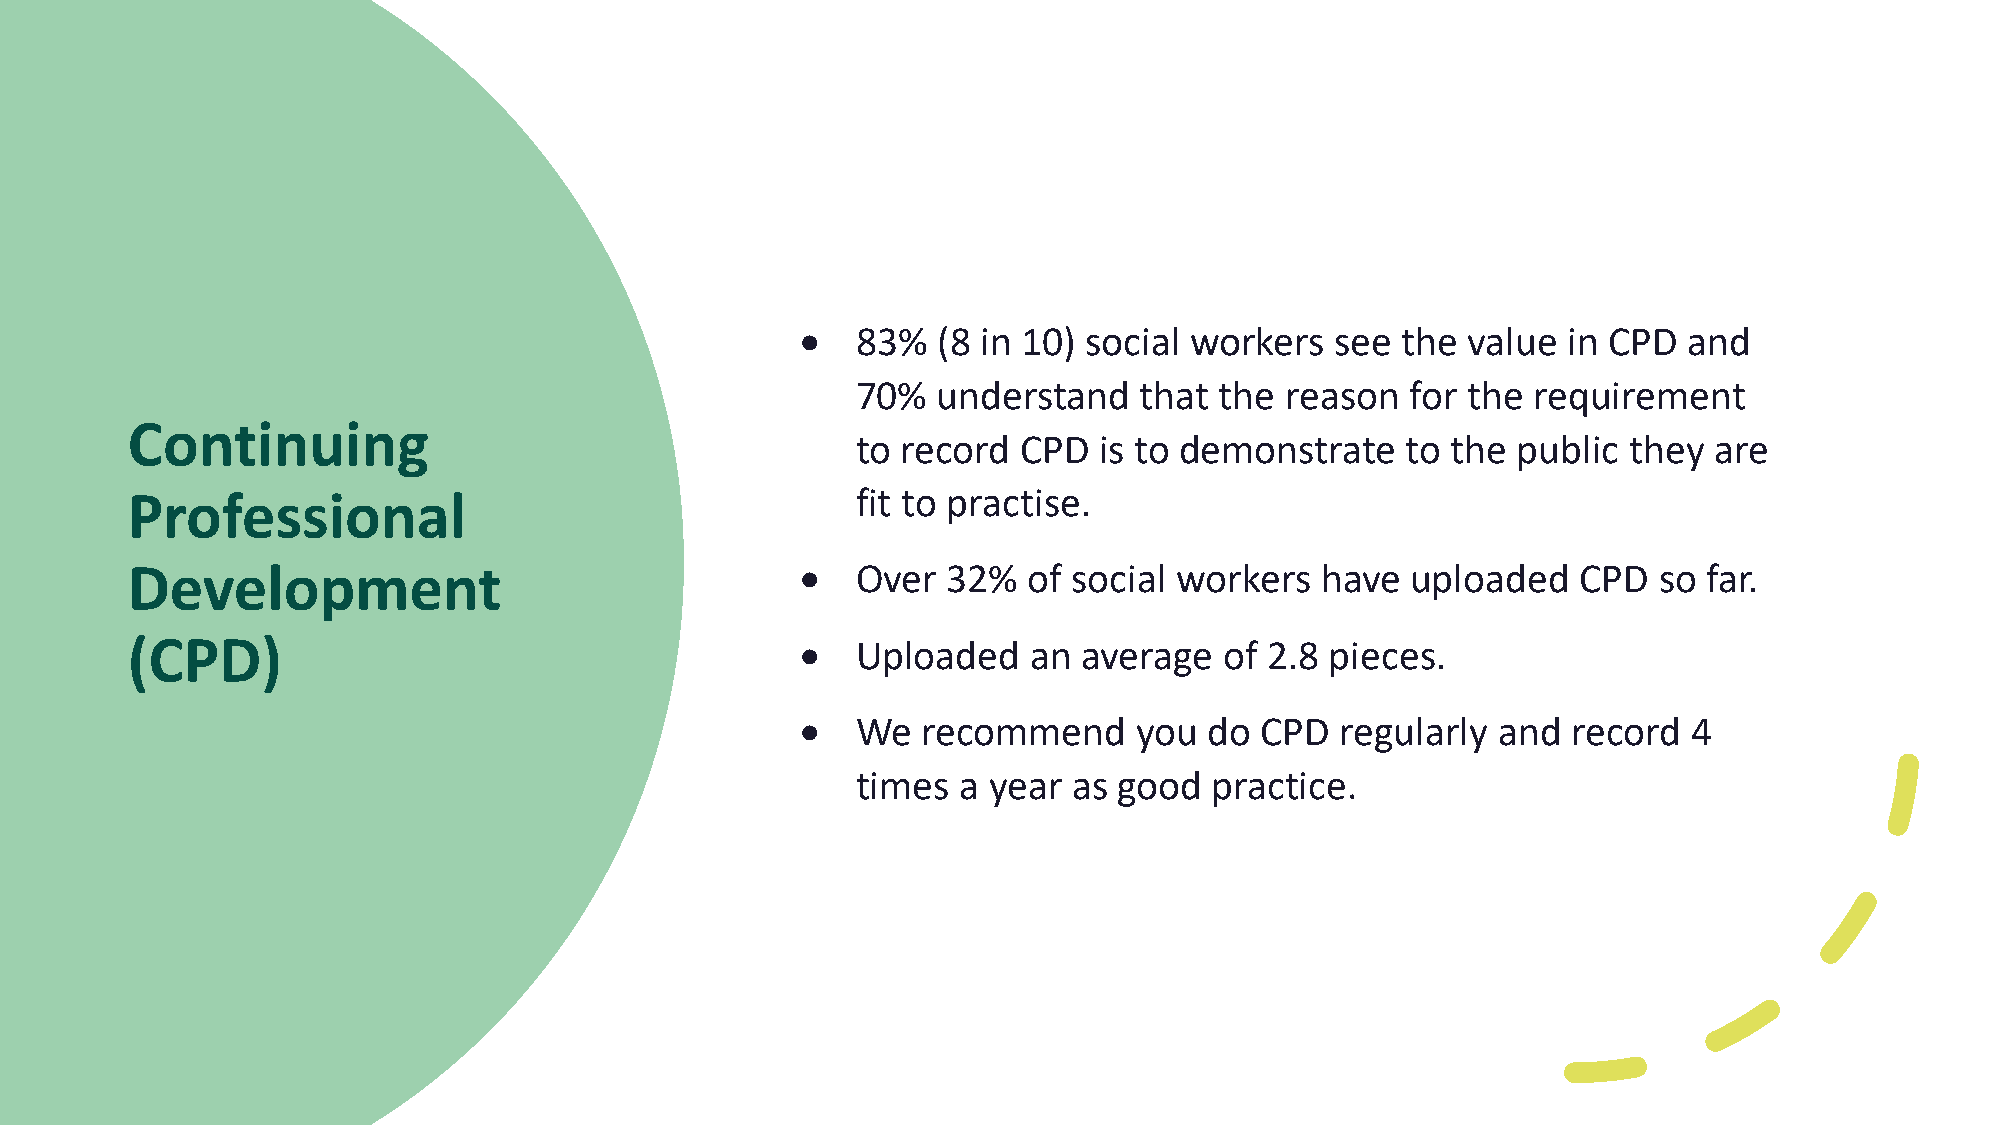
•   83%  (8 in 10) social workers  see  the value  in CPD  and
 70%  understand   that  the reason  for the  requirement
 Continuing
 to record  CPD  is to demonstrate   to the public  they are
 Professional                                     fit to practise.
 Development                                  •   Over  32%  of social workers  have  uploaded    CPD  so far.
 (CPD)                                        •   Uploaded   an  average  of 2.8 pieces.
 •   We  recommend     you  do CPD   regularly and  record  4
 times  a year as good  practice.